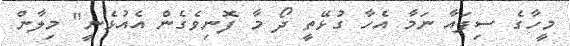
މީހާގެ ސިފައާ ނަމާ އެހާ ގުޅޭތީ ދޯ މާ ފޮނިވެގެން އެއުޅެނީ" މިލާން